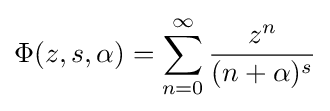
\Phi (z,s,\alpha )=\sum _{n=0}^{\infty }{\frac {z^{n}}{(n+\alpha )^{s}}}